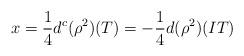
LaTeX: \begin{align*}x=\frac{1}{4}d^c(\rho^2)(T) = -\frac{1}{4}d(\rho^2)(IT)\end{align*}